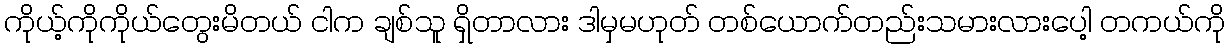
ကိုယ့်ကိုကိုယ်တွေးမိတယ် ငါက ချစ်သူ ရှိတာလား ဒါမှမဟုတ် တစ်ယောက်တည်းသမားလားပေါ့ တကယ်ကို